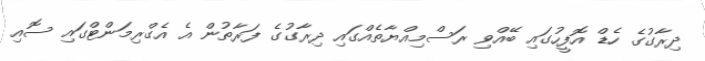
ދިރާގުގެ ހެޑް އޮފީހުގައި ބޭއްވި ރަސްމިއްޔާތެއްގައި ދިރާގުގެ ފަރާތުން އެ އެގްރިމަންޓްގައި ސޮއި